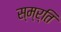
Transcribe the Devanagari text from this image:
स्म्र्ति